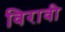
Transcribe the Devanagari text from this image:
विरावी